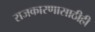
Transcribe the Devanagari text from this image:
राजकारणासाठीही